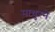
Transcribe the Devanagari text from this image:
माथुरने